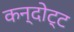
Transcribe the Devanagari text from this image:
कन्दोट्ट